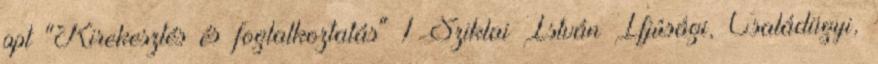
ppt "Kirekesztés és foglalkoztatás" 1 Sziklai István Ifjúsági, Családügyi,